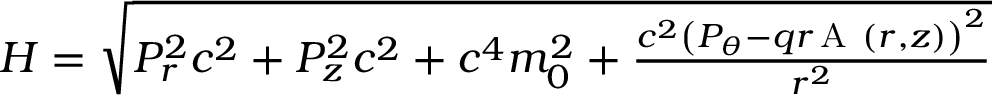
\begin{array} { r } { H = \sqrt { P _ { r } ^ { 2 } c ^ { 2 } + P _ { z } ^ { 2 } c ^ { 2 } + c ^ { 4 } m _ { 0 } ^ { 2 } + \frac { c ^ { 2 } \left( P _ { \theta } - q r \operatorname { A _ { \theta } } { \left( r , z \right) } \right) ^ { 2 } } { r ^ { 2 } } } } \end{array}